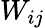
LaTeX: W_{ij}